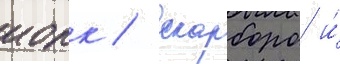
иорк / скарборо и́